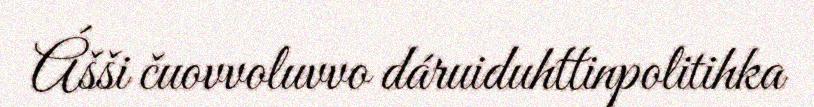
Ášši čuovvoluvvo dáruiduhttinpolitihka